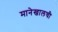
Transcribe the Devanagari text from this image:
मानेखालची